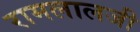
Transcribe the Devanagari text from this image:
रामलालजी